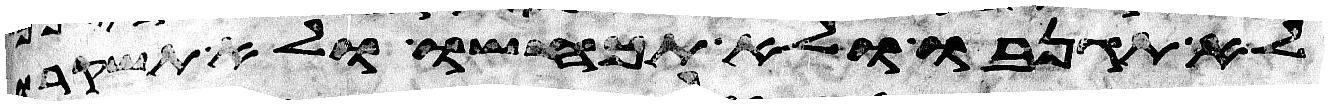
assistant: לא תגנבו ולא תכחשו ולא תשקרו